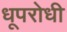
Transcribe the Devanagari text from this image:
धूपरोधी